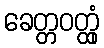
ခေတ္တဝတ္ထုံ